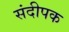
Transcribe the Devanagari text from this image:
संदीपक